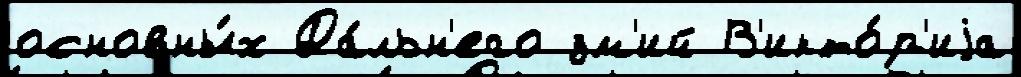
основны́х Да́льн'его зм'ий В'икто́р'иjа